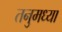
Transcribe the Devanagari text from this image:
तनुमध्या